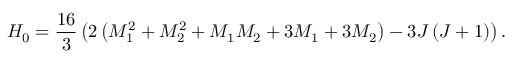
H _ { 0 } = { \frac { 1 6 } { 3 } } \left( 2 \left( M _ { 1 } ^ { 2 } + M _ { 2 } ^ { 2 } + M _ { 1 } M _ { 2 } + 3 M _ { 1 } + 3 M _ { 2 } \right) - 3 J \left( J + 1 \right) \right) .